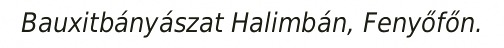
Bauxitbányászat Halimbán, Fenyőfőn.